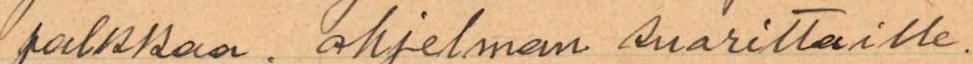
palkkaa. ohjelman suorittaille.